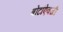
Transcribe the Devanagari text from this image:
बोटांऐवजी